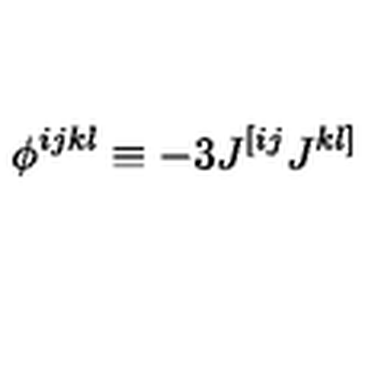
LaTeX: \phi ^ { i j k l } \equiv - 3 J ^ { [ i j } J ^ { k l ] }